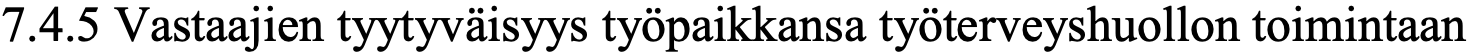
7.4.5 Vastaajien tyytyväisyys työpaikkansa työterveyshuollon toimintaan